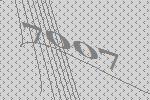
7007